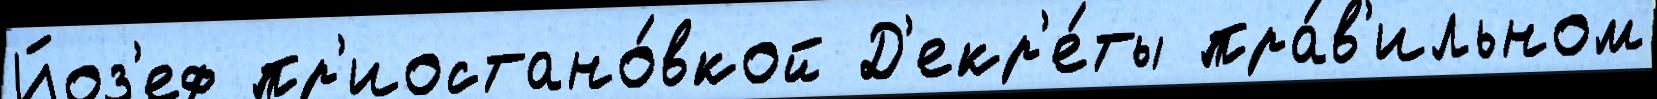
Йоз'еф пр'иостано́вкой Д'екр'е́ты пра́в'ильном